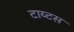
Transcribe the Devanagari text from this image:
टाय्टस